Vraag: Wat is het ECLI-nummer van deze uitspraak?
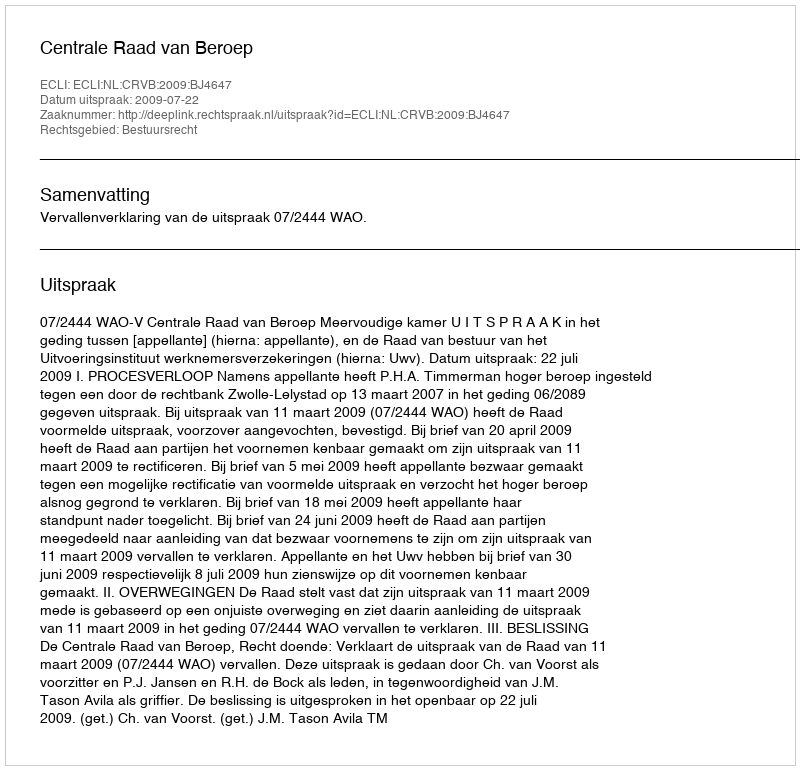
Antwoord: ECLI:NL:CRVB:2009:BJ4647